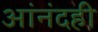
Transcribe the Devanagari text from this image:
आंनंदही